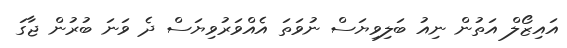
އައިޒޯލް އަތުން ނިއު ބަލިވިޔަސް ނުވަތަ އެއްވަރުވިޔަސް ދެ ވަނަ ބުރުން ޖާގަ